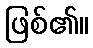
ဖြစ်၏။